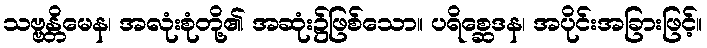
သဗ္ဗန္တိမေန၊ အလုံးစုံတို့၏ အဆုံး၌ဖြစ်သော။ ပရိစ္ဆေဒန၊ အပိုင်းအခြားဖြင့်။